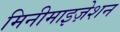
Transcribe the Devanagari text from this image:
मिनीमाइज़ेशन